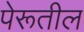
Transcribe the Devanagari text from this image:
पेरूतील